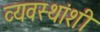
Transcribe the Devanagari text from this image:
व्यवस्थांशी